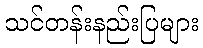
သင်တန်းနည်းပြများ